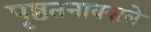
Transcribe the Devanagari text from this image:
पृष्ठतनाववाले